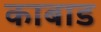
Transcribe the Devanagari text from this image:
काबाड